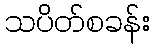
သပိတ်စခန်း